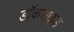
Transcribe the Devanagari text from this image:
डॉकसाइड